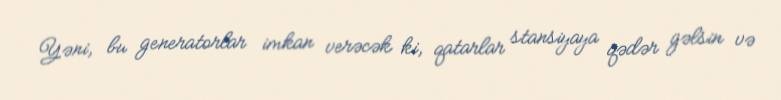
Yəni, bu generatorlar imkan verəcək ki, qatarlar stansiyaya qədər gəlsin və